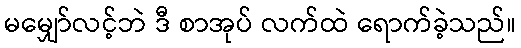
မမျှော်လင့်ဘဲ ဒီ စာအုပ် လက်ထဲ ရောက်ခဲ့သည်။